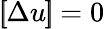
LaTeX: \left[\! \! \left[\Delta u\right]\! \! \right]=0